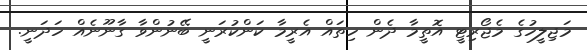
މަޖިލީހުގެ މެޖޯރިޓީ އޮތީމާ ދެން ހިތައް އެރީމާ ކަންކުރަނީ ބޭނުންވާ ގާނޫނެއް ހަދަނީ.